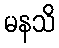
မနသိ